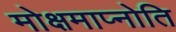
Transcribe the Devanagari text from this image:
मोक्षमाप्नोति